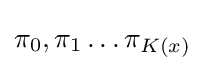
\pi _{0},\pi _{1}\dots \pi _{K(x)}